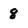
Character: 8